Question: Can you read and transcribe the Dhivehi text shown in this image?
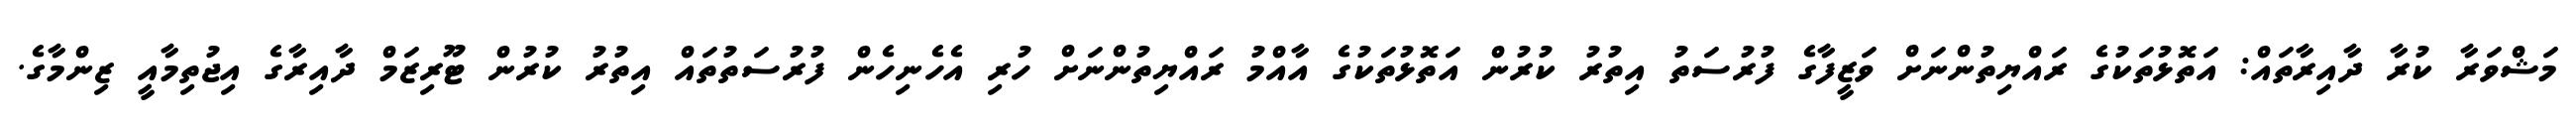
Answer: މަޝްވަރާ ކުރާ ދާއިރާތައް: އަތޮޅުތަކުގެ ރައްޔިތުންނަށް ވަޒީފާގެ ފުރުސަތު އިތުރު ކުރުން އަތޮޅުތަކުގެ އާއްމު ރައްޔިތުންނަށް ހުރި އެހެނިހެން ފުރުސަތުތައް އިތުރު ކުރުން ޓޫރިޒަމް ދާއިރާގެ އިޖުތިމާއީ ޒިންމާގެ.